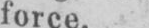
force.